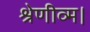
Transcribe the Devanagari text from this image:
श्रेणीव्म।